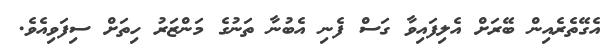
އެގޭތެރެއިން ބޭރަށް އެލިފައިވާ ގަސް ފެނި އެބުނާ ތަނުގެ މަންޒަރު ހިތަށް ސިފަވިއެވެ.